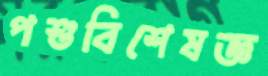
পশুবিশেষজ্ঞ